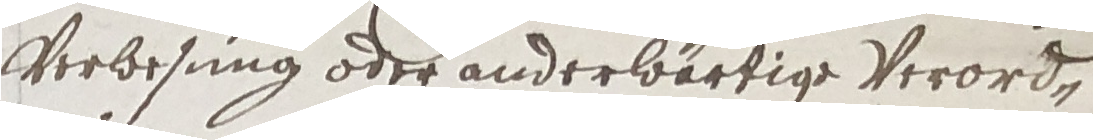
verbesung oder anderwärtige verorden